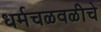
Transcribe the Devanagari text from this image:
धर्मचळवळीचे